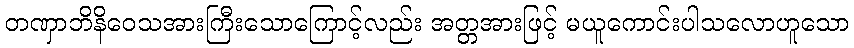
တဏှာဘိနိဝေသအားကြီးသောကြောင့်လည်း အတ္တအားဖြင့် မယူကောင်းပါသလောဟူသော